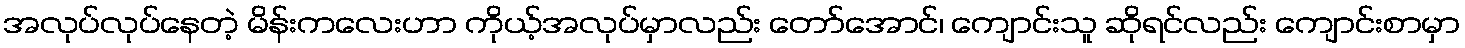
အလုပ်လုပ်နေတဲ့ မိန်းကလေးဟာ ကိုယ့်အလုပ်မှာလည်း တော်အောင်၊ ကျောင်းသူ ဆိုရင်လည်း ကျောင်းစာမှာ